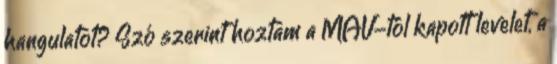
hangulatot? Szó szerint hoztam a MÁV-tól kapott levelet, a